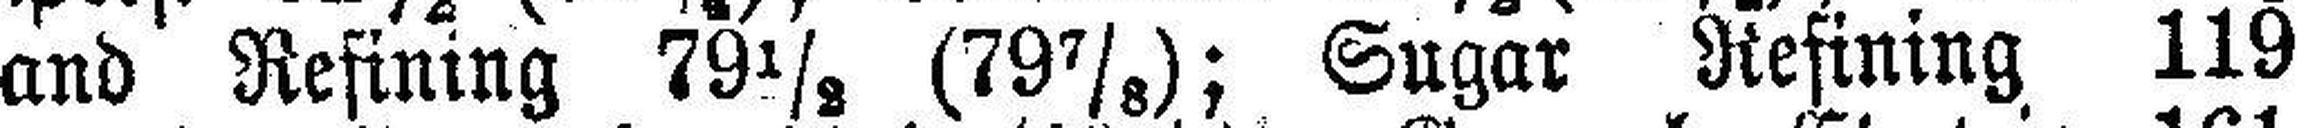
and Refining 79½ (79⅞); Sugar Refining 119